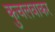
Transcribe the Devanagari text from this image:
कुचलवाकर